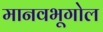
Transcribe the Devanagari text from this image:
मानवभूगोल